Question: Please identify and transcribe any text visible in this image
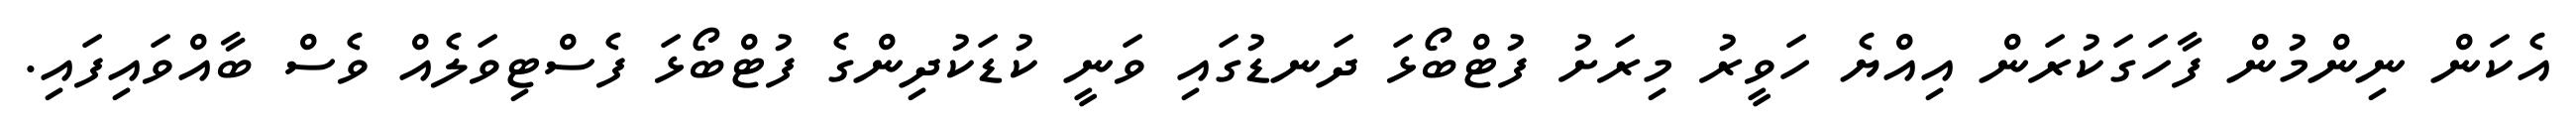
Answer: އެކަން ނިންމުން ފާހަގަކުރަން އިއްޔެ ހަވީރު މިރަށު ފުޓްބޯޅަ ދަނޑުގައި ވަނީ ކުޑަކުދިންގެ ފުޓްބޯޅަ ފެސްޓިވަލެއް ވެސް ބާއްވައިފައި.